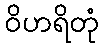
ဝိဟရိတုံ